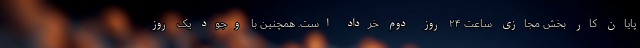
پایان کار بخش مجازی ساعت ۲۴ روز دوم خرداد است. همچنین با وجود یک روز